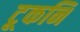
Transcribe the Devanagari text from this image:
टूकनि